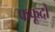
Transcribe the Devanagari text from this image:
फफूदों